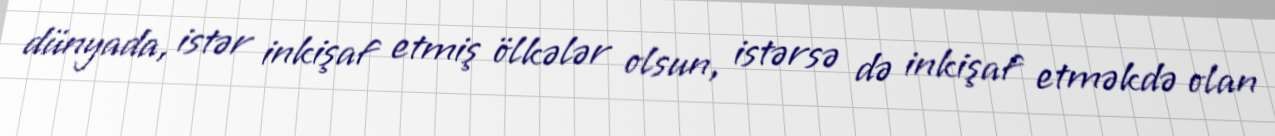
dünyada, istər inkişaf etmiş ölkələr olsun, istərsə də inkişaf etməkdə olan